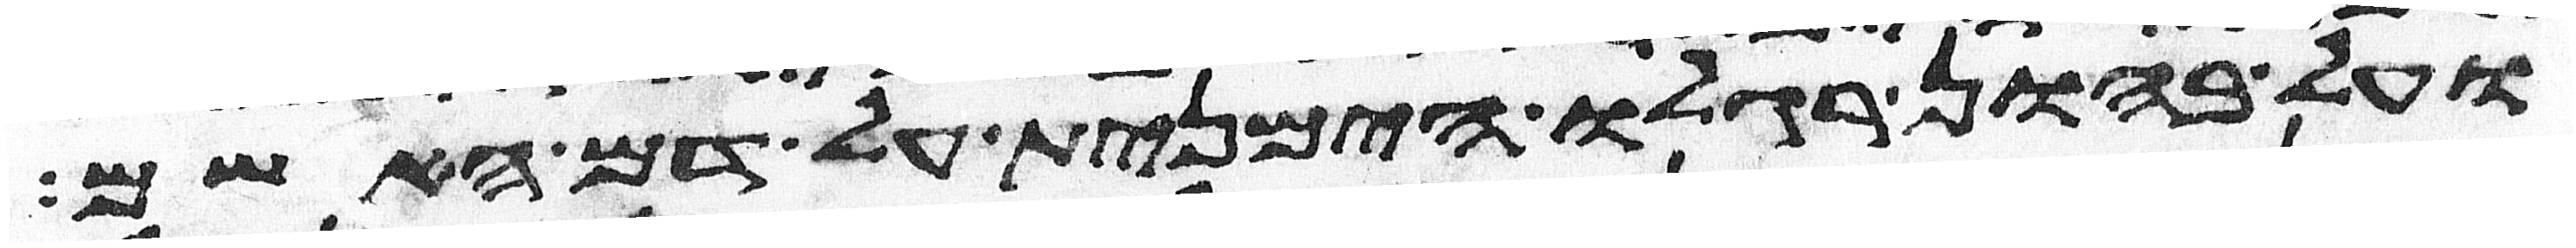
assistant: ועל בהון רגלו הימנית על דם האשם